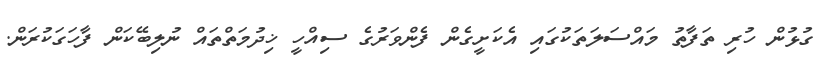
ގުޅުން ހުރި ތަފާތު މައްސަލަތަކުގައި އެކަށީގެން ފެންވަރުގެ ސިއްހީ ޚިދުމަތްތައް ނުލިބޭކަން ފާހަގަކުރަން.